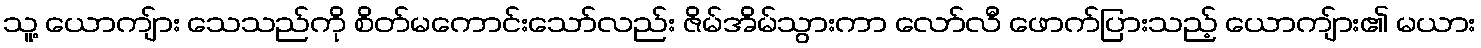
သူ့ ယောကျ်ား သေသည်ကို စိတ်မကောင်းသော်လည်း ဇိမ်အိမ်သွားကာ လော်လီ ဖောက်ပြားသည့် ယောကျ်ား၏ မယား